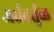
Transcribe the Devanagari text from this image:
अर्धवर्तुळ